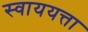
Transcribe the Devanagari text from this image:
स्वाययत्ता